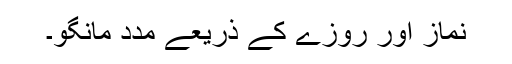
نماز اور روزے کے ذریعے مدد مانگو۔